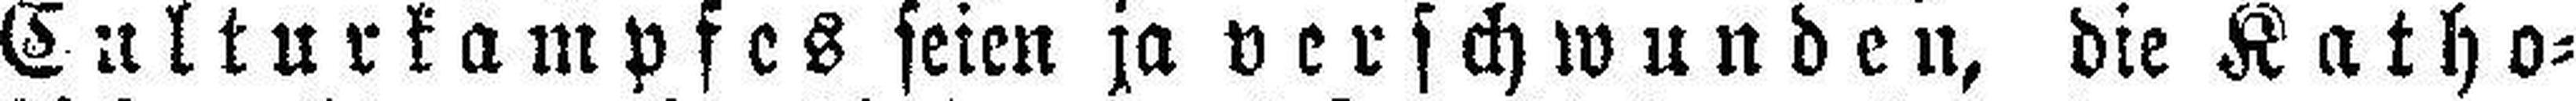
Culturkampfes seien ja verschwunden, die Katho¬